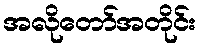
အလိုတော်အတိုင်း